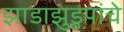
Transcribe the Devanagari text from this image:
झाडाझुडुपांचे